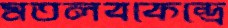
মতলবকেন্দ্রে